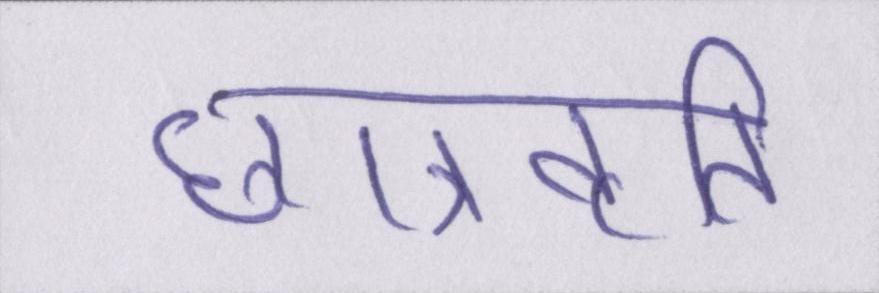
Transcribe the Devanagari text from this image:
छात्रवृति